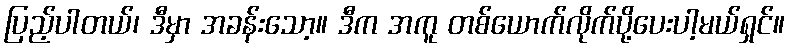
ပြည့်ပါတယ်၊ ဒီမှာ အခန်းသော့။ ဒီက အကူ တစ်ယောက်လိုက်ပို့ပေးပါ့မယ်ရှင်။